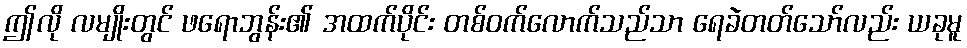
ဤလို လမျိုးတွင် ဖရောဘွန်း၏ အထက်ပိုင်း တစ်ဝက်လောက်သည်သာ ရေခဲတတ်သော်လည်း ယခုမူ